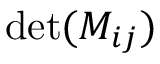
\operatorname* { d e t } ( M _ { i j } )